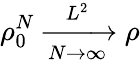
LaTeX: \rho_{0}^{N}\xrightarrow[N\rightarrow\infty]{L^{2}}\rho